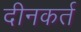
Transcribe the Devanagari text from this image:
दीनकर्त